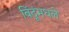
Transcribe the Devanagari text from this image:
बिंदूंमधले